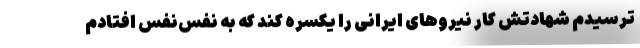
‌ترسیدم شهادتش کار نیروهای ایرانی را یکسره کند که به نفس‌نفس افتادم